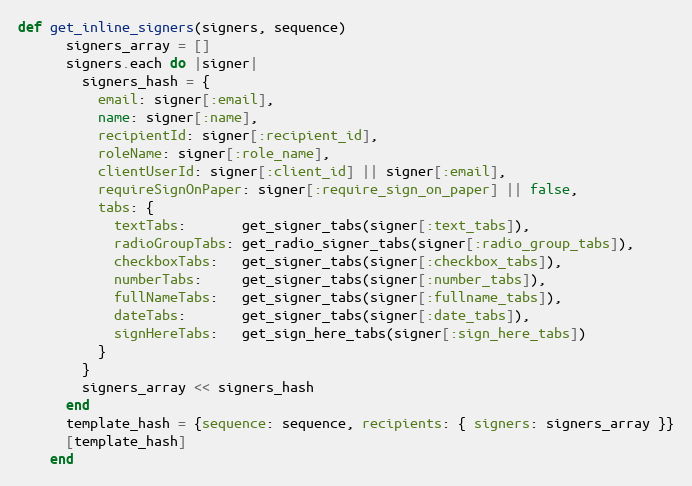
Language: Ruby
def get_inline_signers(signers, sequence)
      signers_array = []
      signers.each do |signer|
        signers_hash = {
          email: signer[:email],
          name: signer[:name],
          recipientId: signer[:recipient_id],
          roleName: signer[:role_name],
          clientUserId: signer[:client_id] || signer[:email],
          requireSignOnPaper: signer[:require_sign_on_paper] || false,
          tabs: {
            textTabs:       get_signer_tabs(signer[:text_tabs]),
            radioGroupTabs: get_radio_signer_tabs(signer[:radio_group_tabs]),
            checkboxTabs:   get_signer_tabs(signer[:checkbox_tabs]),
            numberTabs:     get_signer_tabs(signer[:number_tabs]),
            fullNameTabs:   get_signer_tabs(signer[:fullname_tabs]),
            dateTabs:       get_signer_tabs(signer[:date_tabs]),
            signHereTabs:   get_sign_here_tabs(signer[:sign_here_tabs])
          }
        }
        signers_array << signers_hash
      end
      template_hash = {sequence: sequence, recipients: { signers: signers_array }}
      [template_hash]
    end